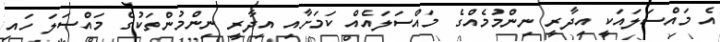
އެ މައްސަލައަކީ އިދާރީ ނިންމުމެއްގެ މައްސަލައެއް ކަމަށާއި އިދާރީ ނިންމުންތަކުގެ މައްސަލަ ހައި